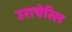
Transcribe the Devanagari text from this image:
उराचेरिल